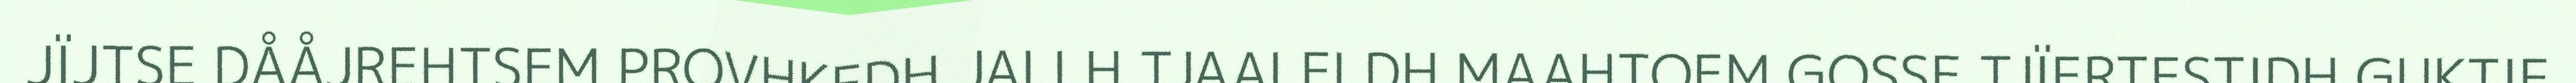
JÏJTSE DÅÅJREHTSEM PROVHKEDH JALLH TJAALELDH MAAHTOEM GOSSE TJÏERTESTIDH GUKTIE